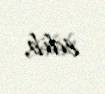
edib.